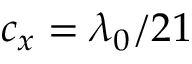
c _ { x } = \lambda _ { 0 } / 2 1